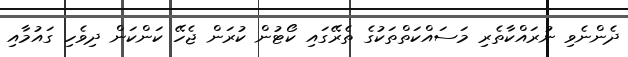
ދެންނެވި ނުރައްކާތެރި މަސައްކަތްތަކުގެ ތެރޭގައި ކޯޓުން ކުރަން ޖެހޭ ކަންކަން ދިވެހި ގައުމާއި